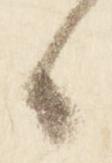
候